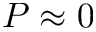
P \approx 0